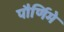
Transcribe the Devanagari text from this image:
पौर्णिमे